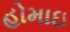
હોમાઇ